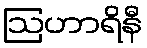
ဩဟာရိနီ